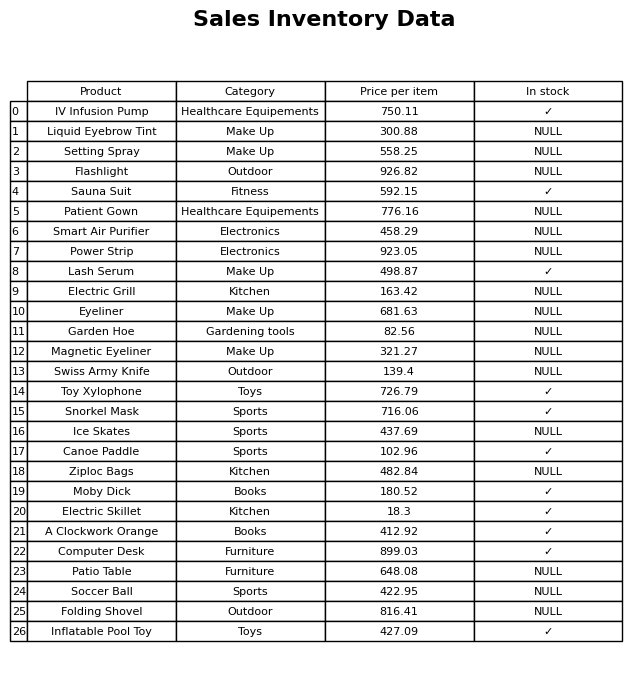
question: What is the price for Lash Serum?
answer: The price of Lash Serum is 498.87.